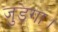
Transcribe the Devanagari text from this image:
जुड़ेगा।